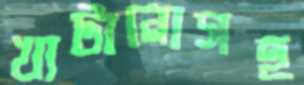
খাটানোসহ